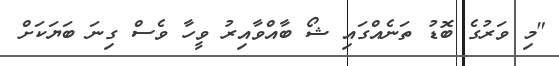
"މި ވަރުގެ ބޮޑު ތަނެއްގައި ޝޯ ބާއްވާއިރު ވީހާ ވެސް ގިނަ ބަޔަކަށް